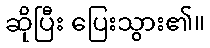
ဆိုပြီး ပြေးသွား၏။